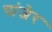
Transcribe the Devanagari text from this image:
पांजेर